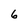
Character: 6